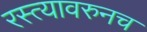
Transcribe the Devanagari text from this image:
रस्त्यावरुनच